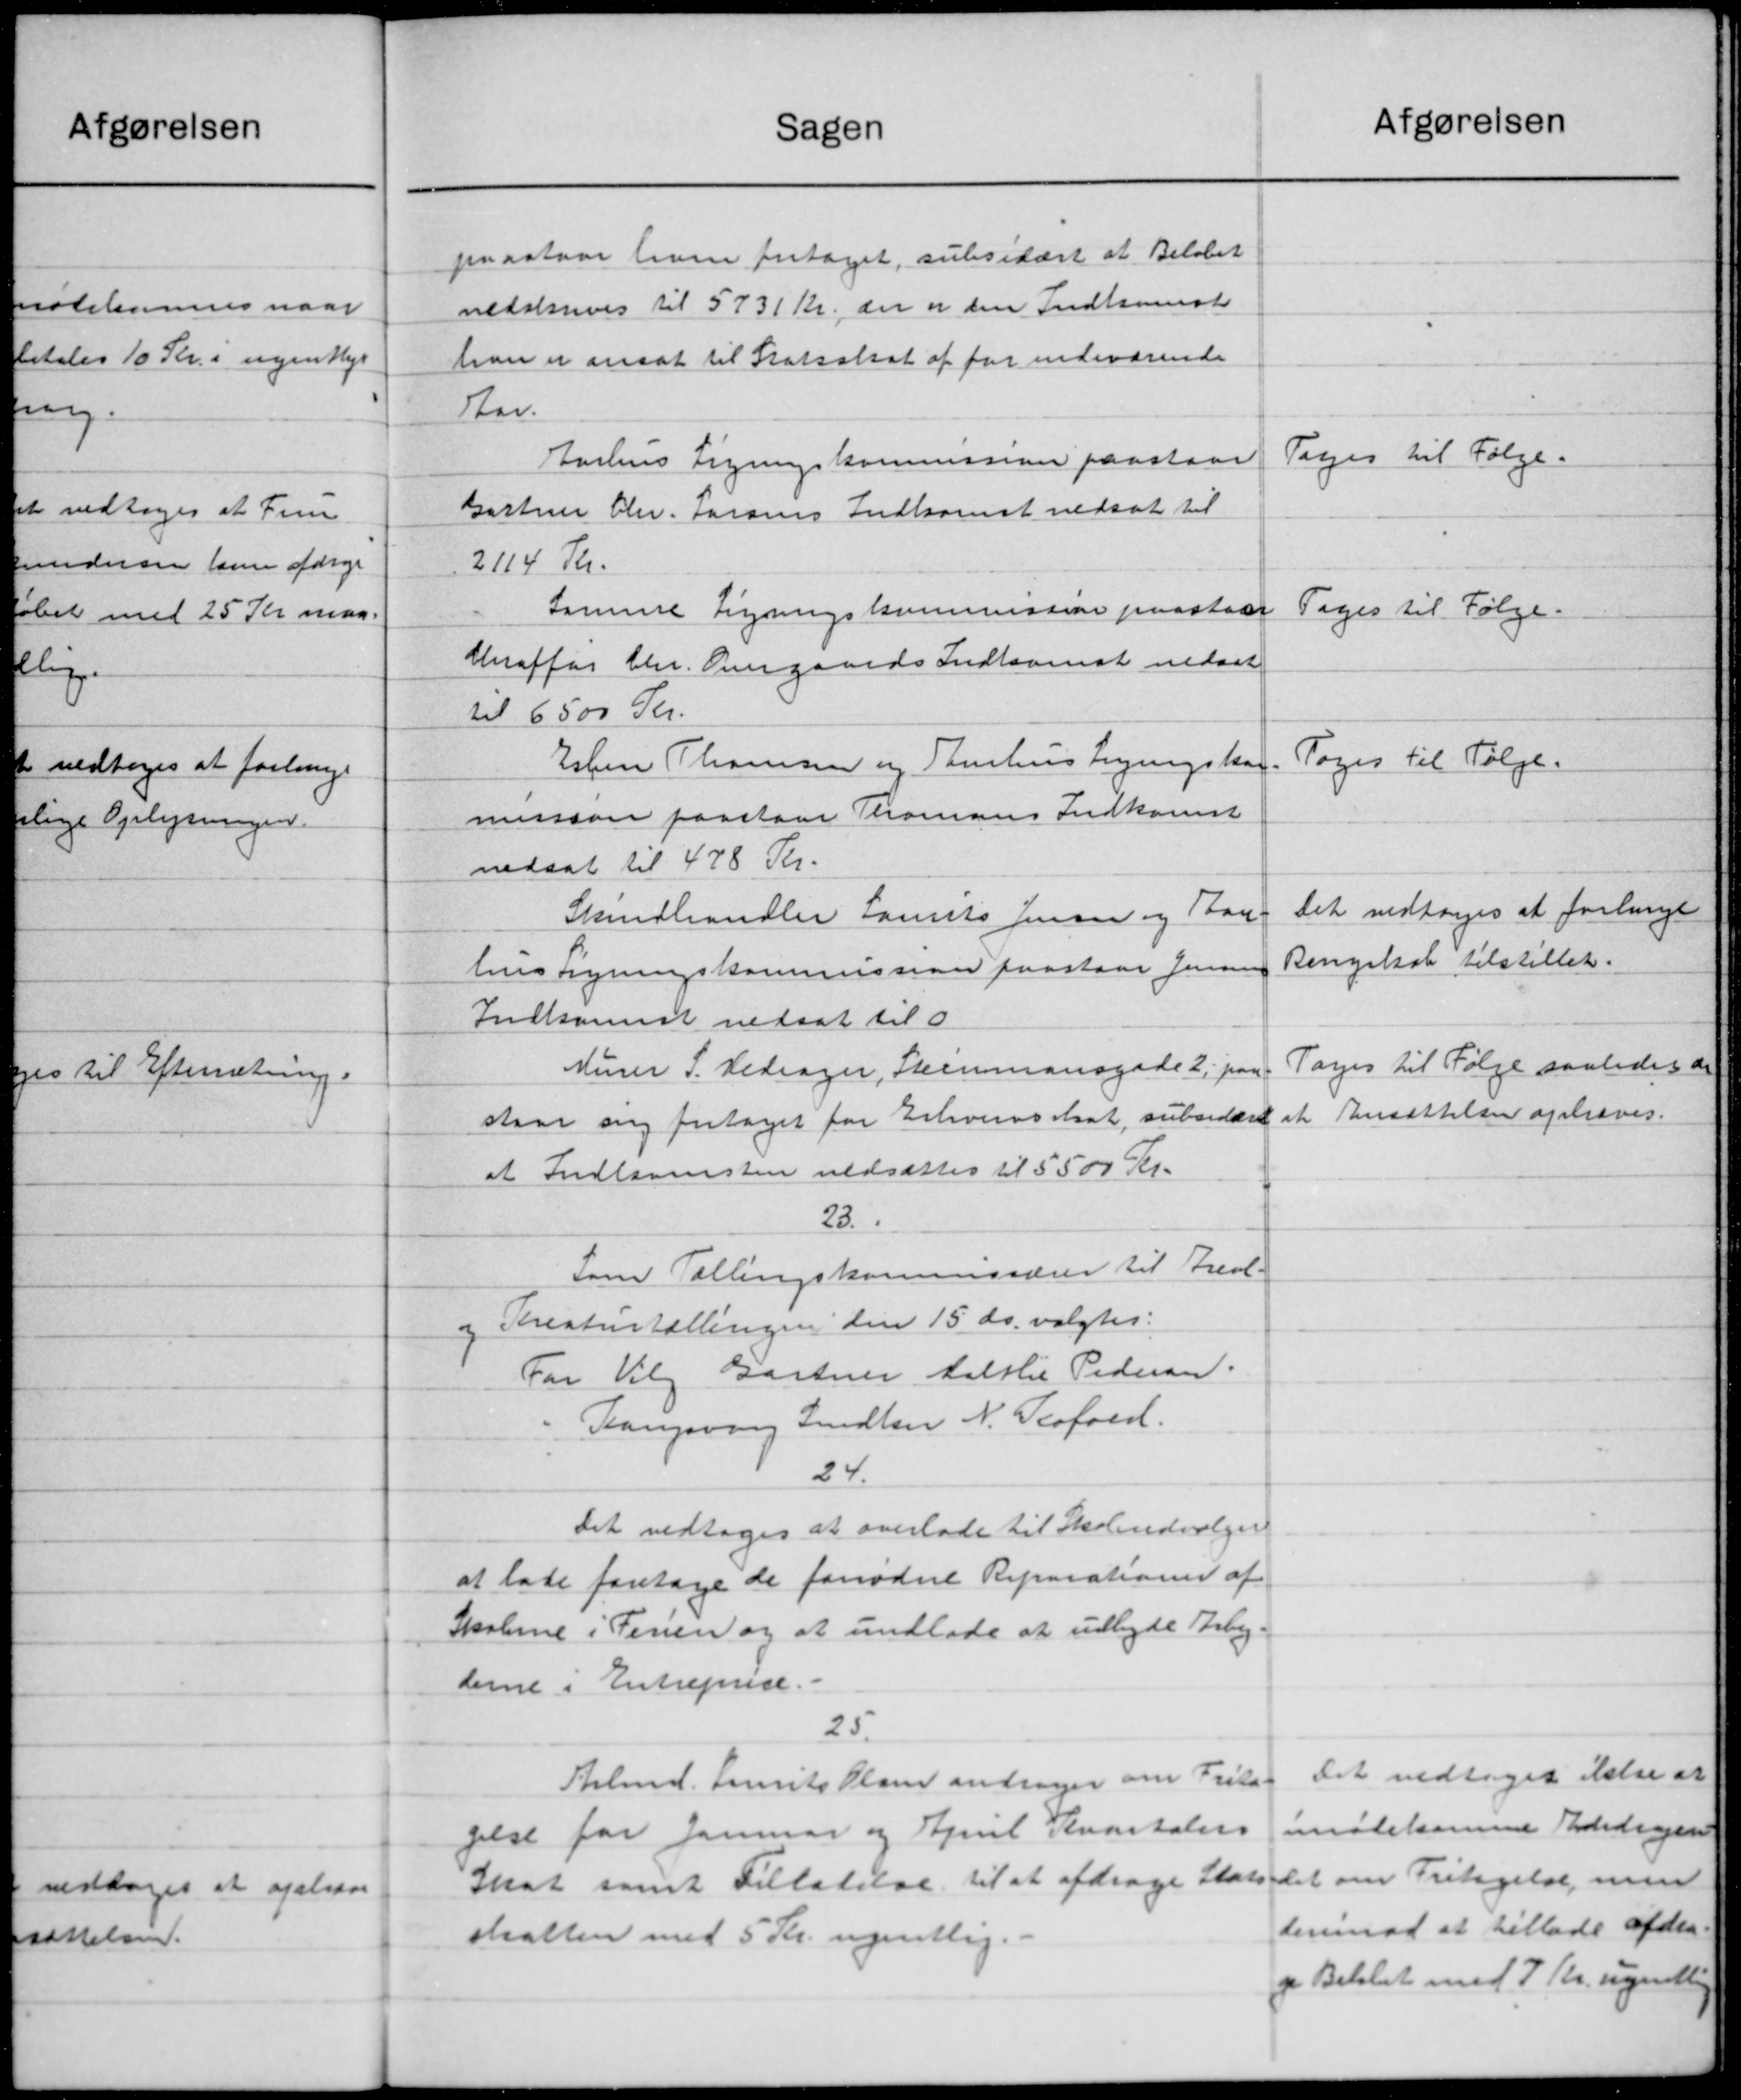
Transskription:
Afgørelsen
Sagen
paastaar ham fritaget, subsidært at Beløbet
nedskrives til 5731 Kr. der er den Indkomst
han er ansat til Statsskat af for indeværende
Aar.
Tages til Følge.
Aarhus Ligningskommission paastaar
Gartner Chr. Larsens Indkomst nedsat til
2114 Kr.
Samme Ligningskommission paastaaet
Tages til Følge.
Heraffør Chr. Overgaards Indkomst nedsat
til 6500 Kr.
Toges til Følge.
Esben Thomsen og Tamhus Ligningskon-
mission paastaar Thomans Indkomst
nedsat til 478 Kr.
Det vedtoges at forlangt
Skindhandler Laurits Jensen og Bar-
Ringskab tilstillet.
tens Ligningskommission paastaar Jensen
Indkomst nedsat til 0
Tages til Følge saaledes at
Murer S. Vedrager, Skemansgade 2, paa
staar ang fritaget for Erhvervsskat, subsidere at Ansættelsen ophæves.
at Indkomsten nedsættes til 5500 Kr.
23.
Som Tællingskommissærer til Areal-
og Kreaturtællingen den 15 ds. valgtes:
For Vil Gartner Maltlie Pedersen.
Gangsvang Snedker N. Teofoed.
24.
Det vedtoges at overlade til Skoleudvalget
at lade foretage de fornødne Reparationer af
Skolerne i Ferien og at undlade at udbyde Arbej-
derne i Entreprise.
25.
Det vedtoges ikke at
Arbmd. Laurits Plan andrager om Frita-
imødekomme Bidragen
gelse for Januar og April Kvartalers
det om Fritagelse, men
Skat samt Tilladelse til at afdrage Stats
derimod at tillade afdra-
skatten med 5 Kr. ugentlig.
o Beløbet med 7 Kr. ugentlig